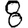
Digit: 8